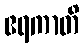
ဧရကာတိ